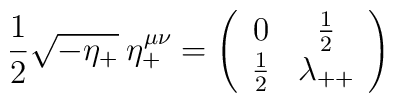
{1\over 2} \sqrt{-\eta_+}\: \eta_+^{\mu\nu}=\left(\begin{array}{cc}0 & {{1\over 2}}\\{{1\over 2}} & {\lambda_{++}}\end{array}\right)